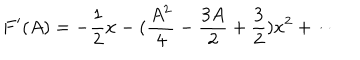
F ^ { \prime } ( A ) = - \frac { 1 } { 2 } x - ( \frac { A ^ { 2 } } { 4 } - \frac { 3 A } { 2 } + \frac { 3 } { 2 } ) x ^ { 2 } + \cdots